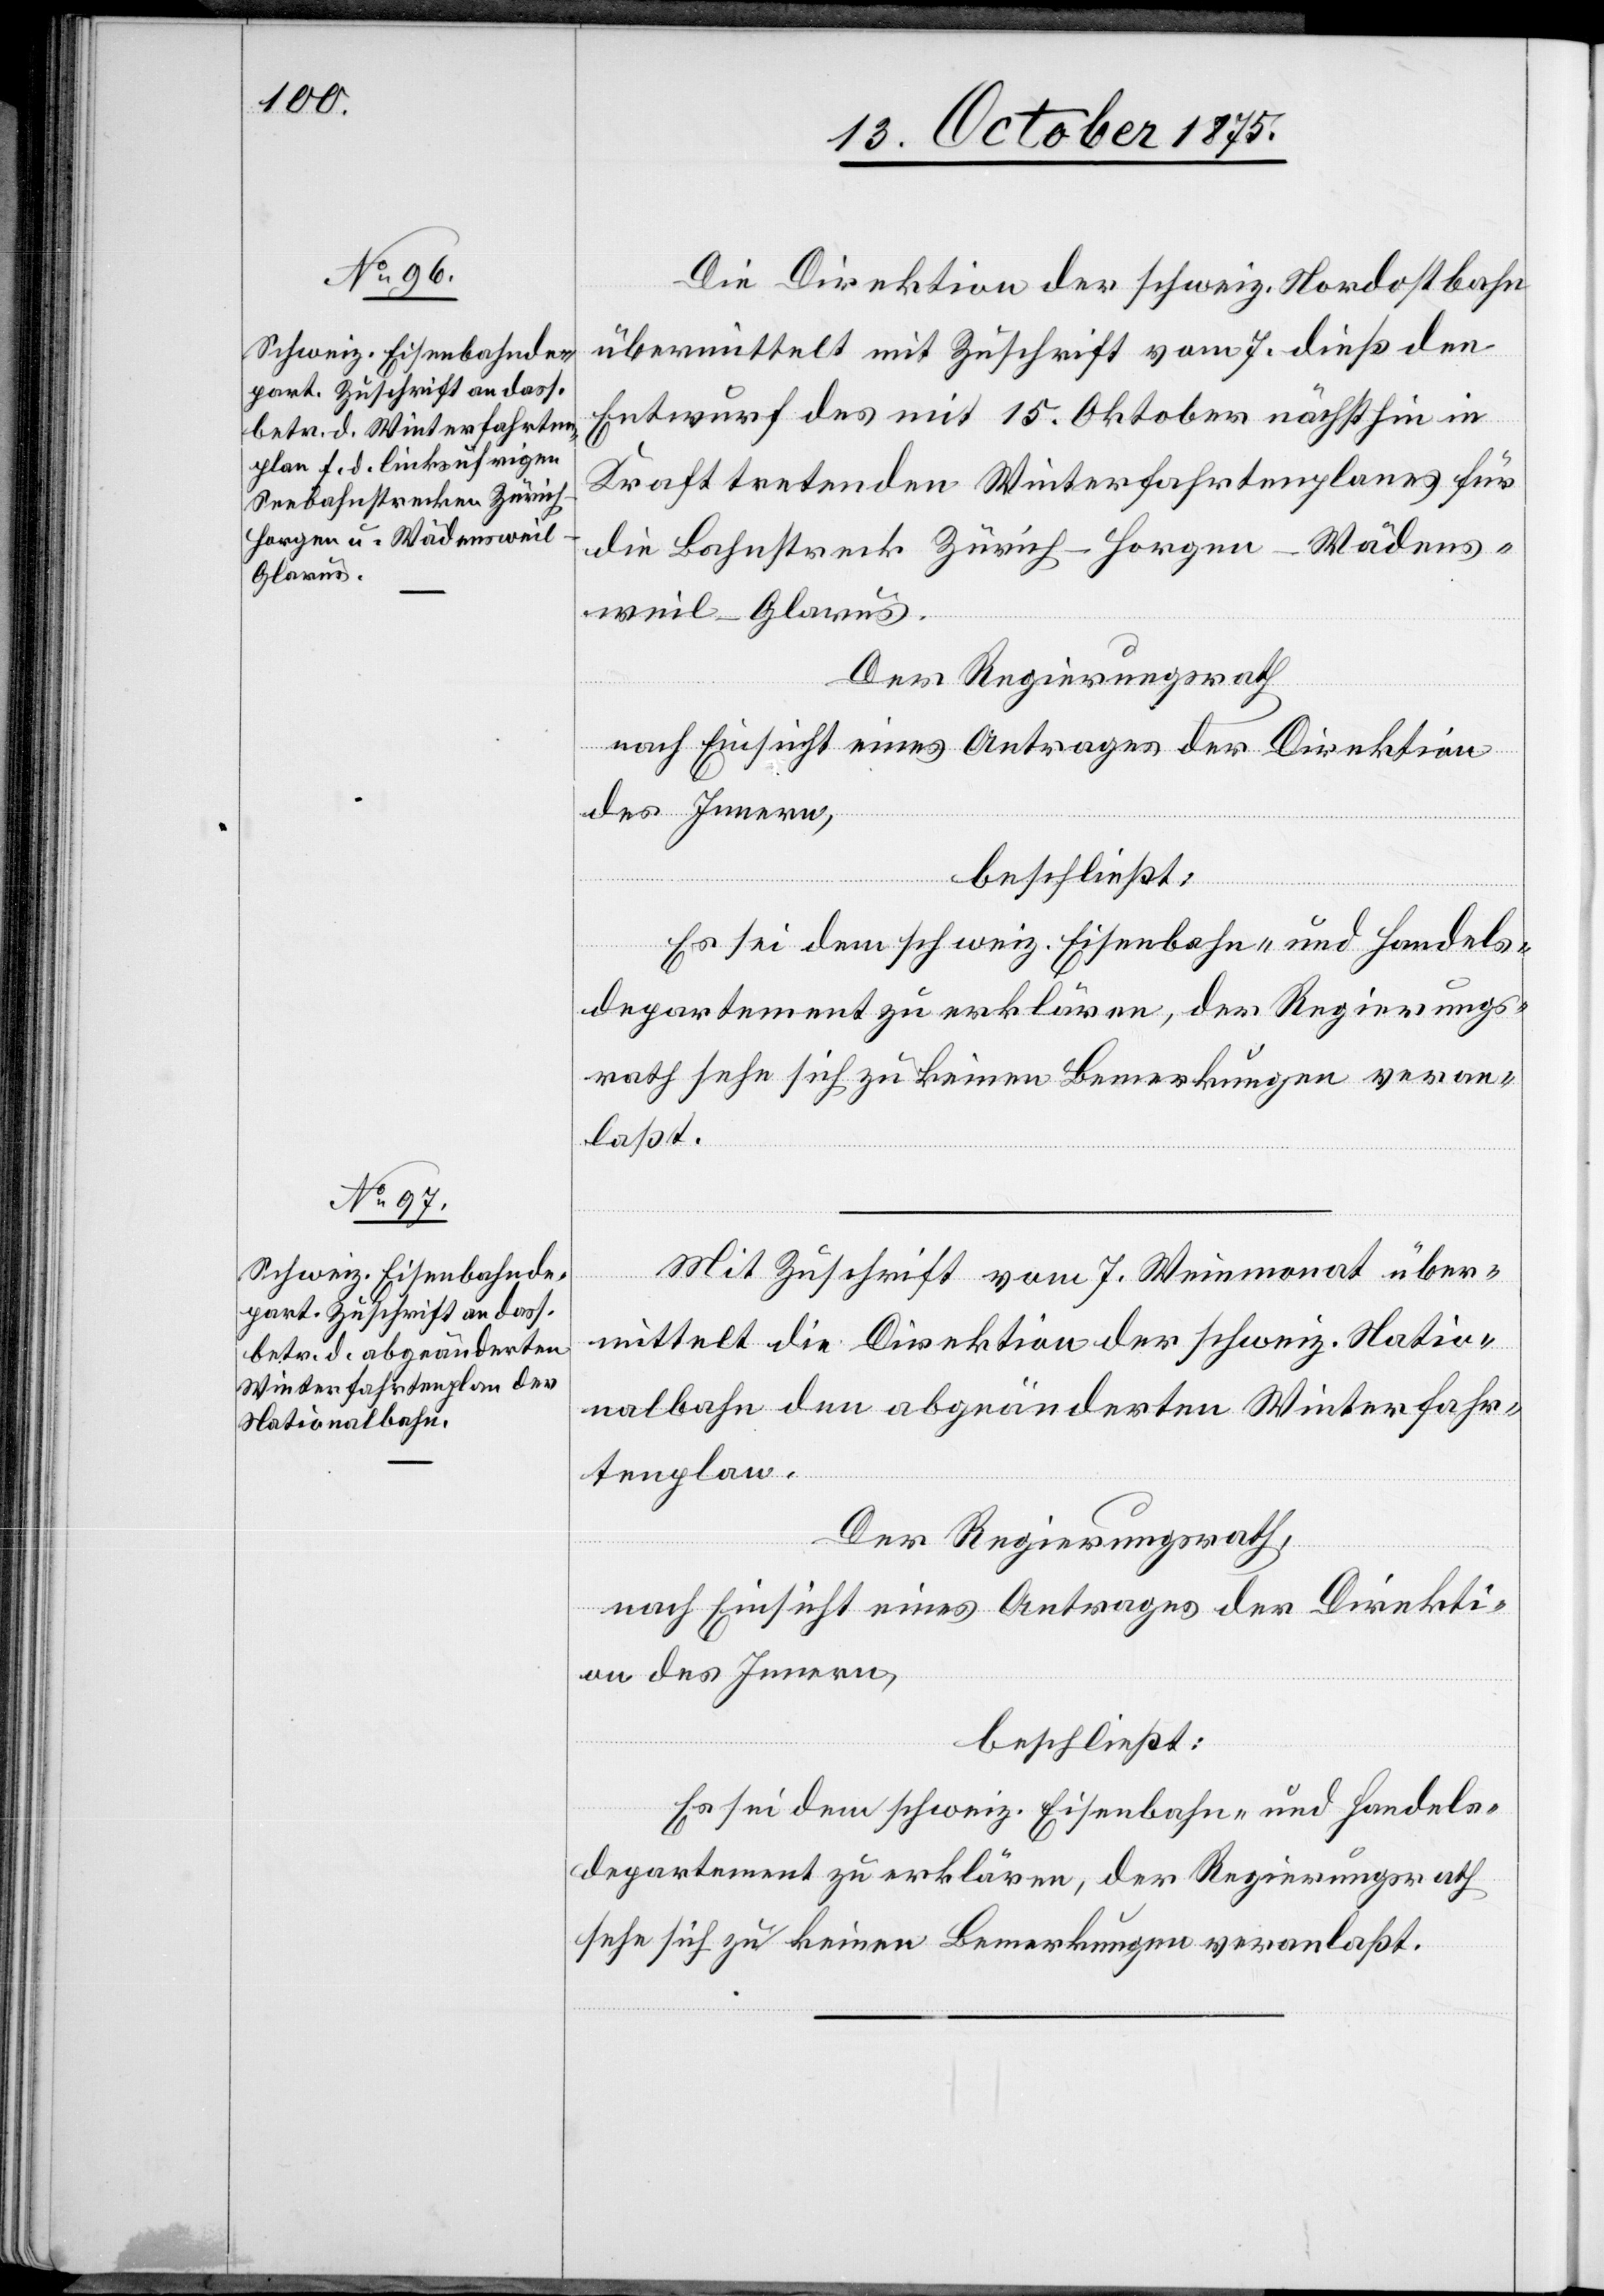
Die Direktion der schweiz. Nordostbahn
übermittelt mit Zuschrift vom 7. dieß den
Entwurf des mit 15. Oktober nächsthin in
Kraft tretenden Winterfahrtenplanes für
die Bahnstreck[e] Zürich–Horgen–Wädens¬
weil–Glarus.
Der Regierungsrath
nach Einsicht eines Antrages der Direktion
des Innern,
beschließt:
Es sei dem schweiz. Eisenbahn- und Handels¬
Mit Zuschrift vom 7. Weinmonat über¬
mittelt die Direktion der schweiz. Natio¬
nalbahn den abgeänderten Winterfahr¬
tenplan.
Der Regierungsrath,
nach Einsicht eines Antrages der Direkti¬
on des Innern,
beschließt:
Es sei dem schweiz. Eisenbahn- und Handels¬
departement zu erklären, der Regierungsrath
sehe sich zu keinen Bemerkungen veranlaßt.